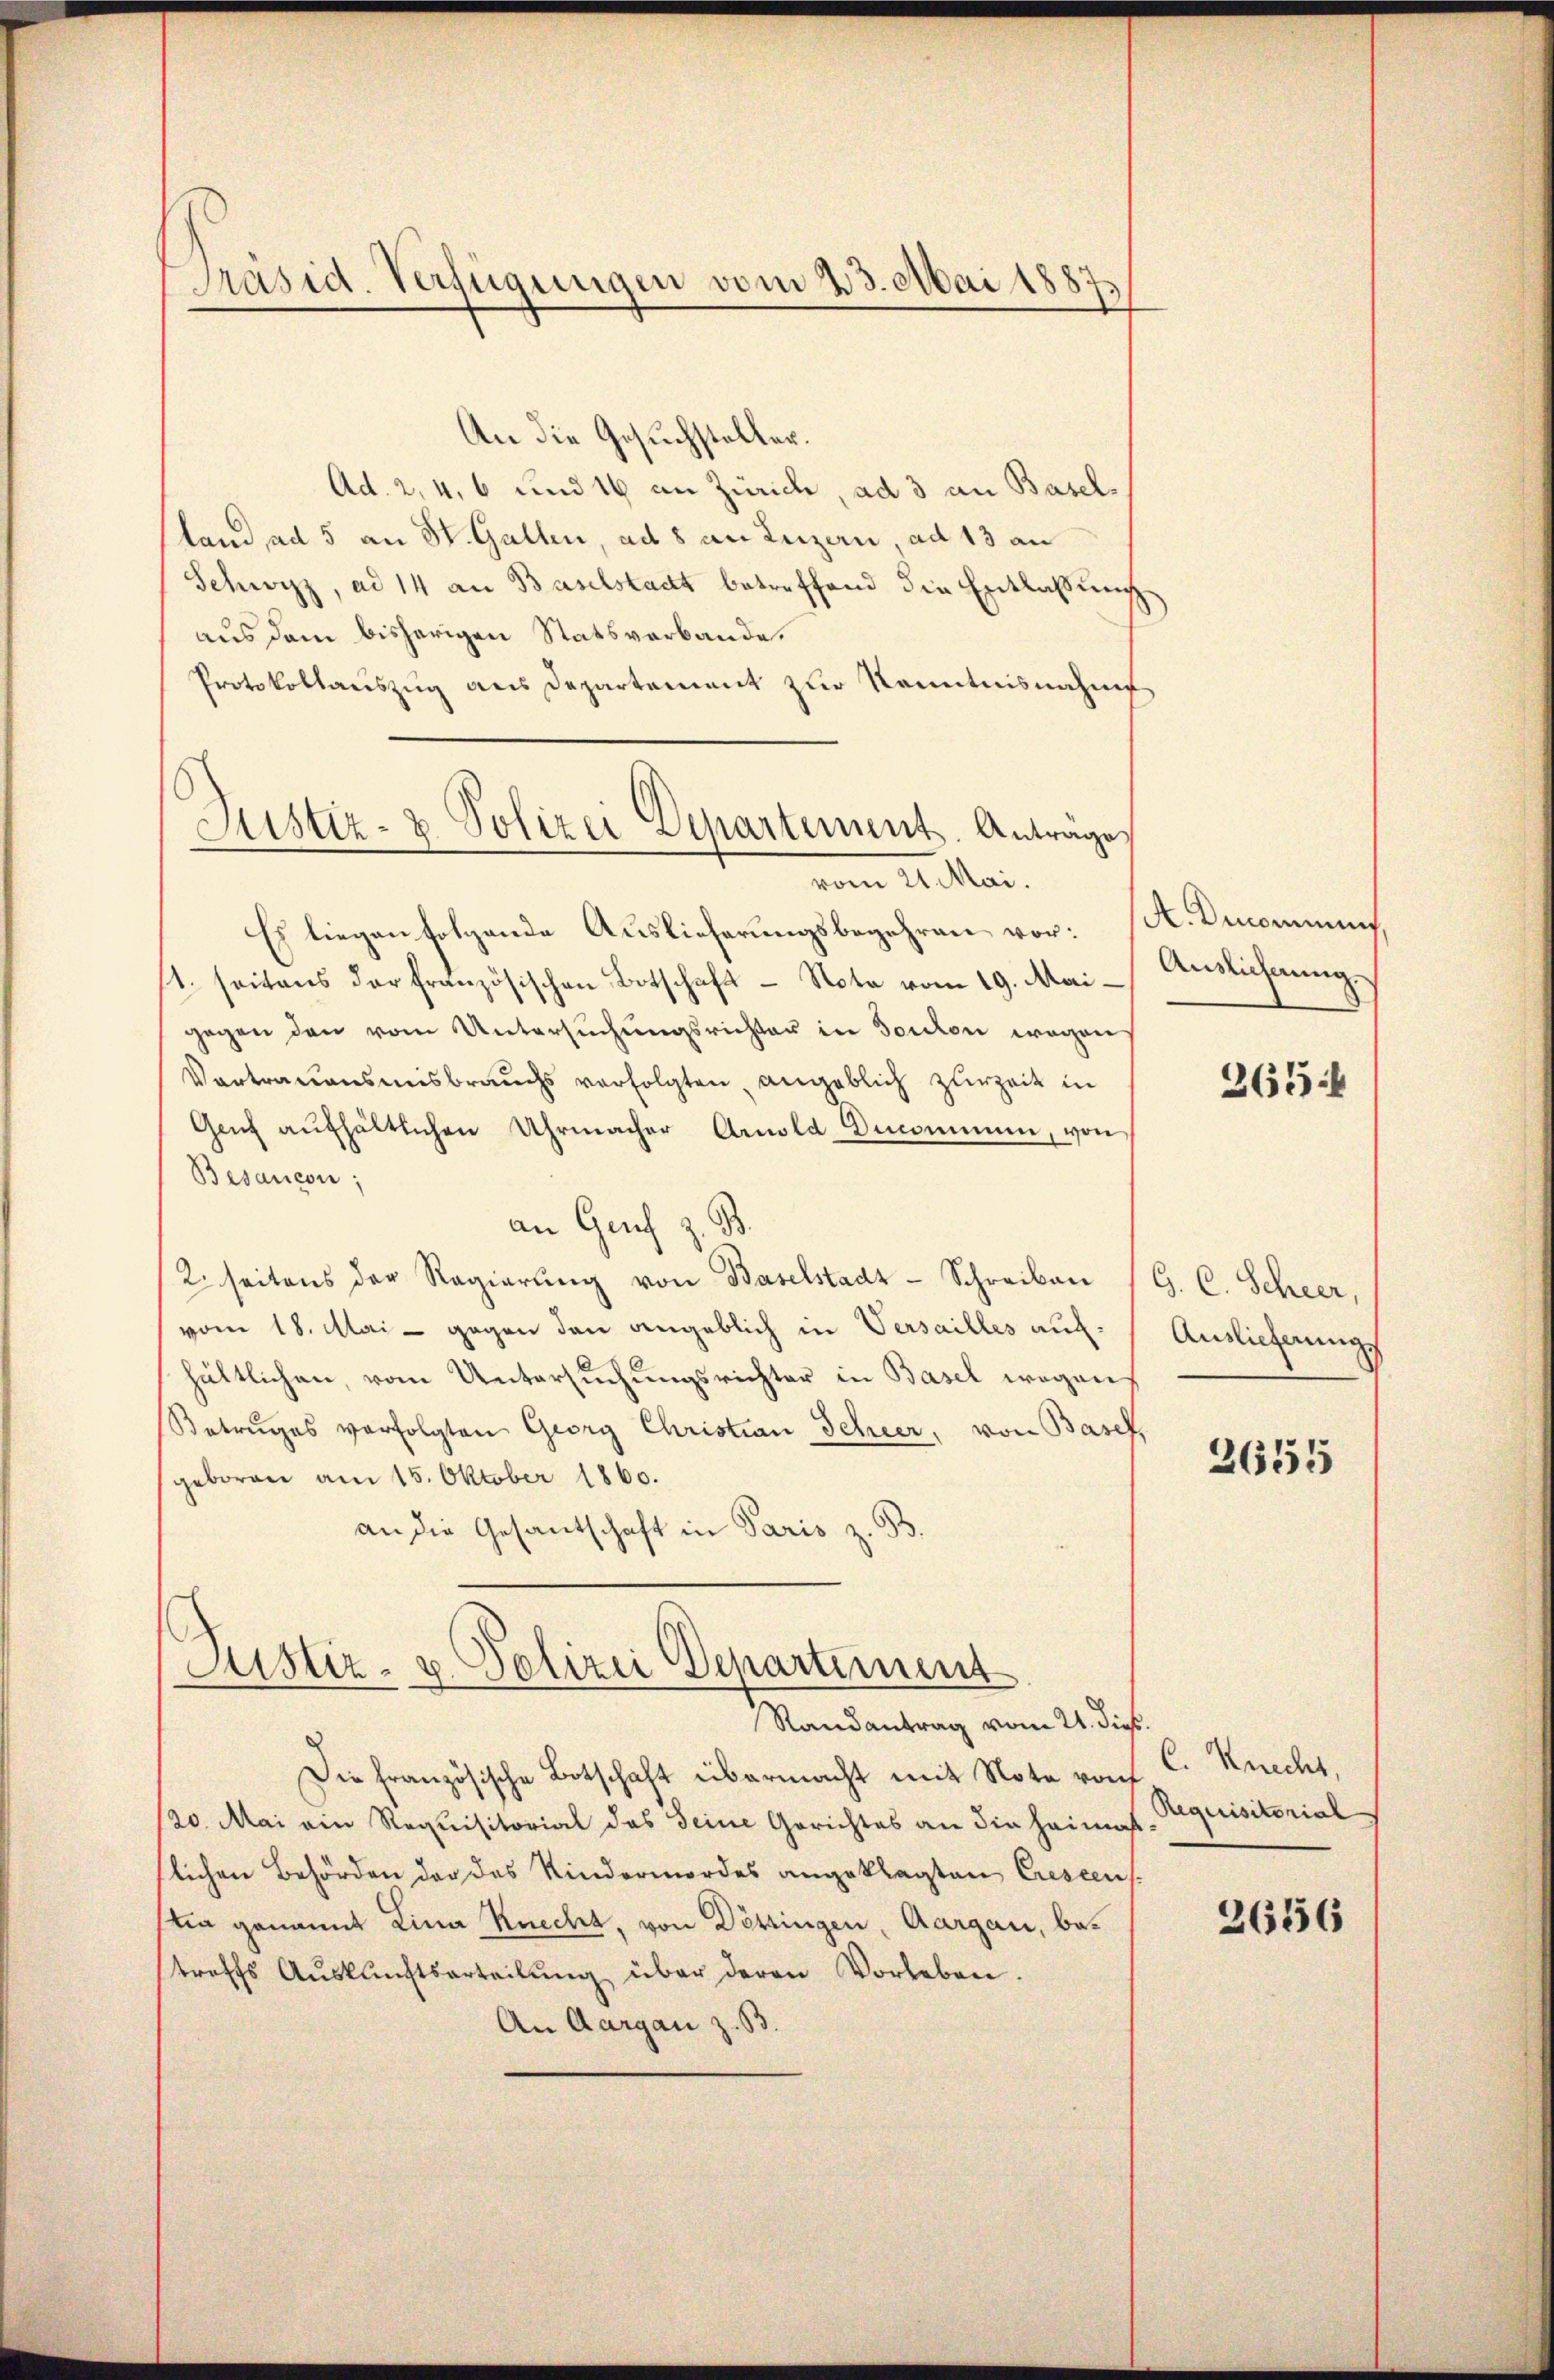
Präsid. Verfügungen vom 23. Mai 1887.

Justiz- & Polizei Departement. Anträge,
vom 21. Mai.

Justiz- u. Polizei Departiment
Randantrag vom 21. die.

An die Gesuchsteller.
Ad. 2, 4, 6 und 16 an Zürich, ad 3 an Baselland ad 5 an St. Gallen, ad 8 an Luzern, ad 13 an
Schwyz, ad 14 an Baselstadt betreffend die Entlaßung
aus dem bisherigen Statsverbande.
Protokollauszug aus Departement zur Kenntnisnahme
Es liegen folgende Auslieferungsbegehren vor:
s. seitens der französischen Botschaft - Note vom 19. Mai- Auslicherŭng.
gegen den vom Untersŭchŭngsrichter in Soulon wegen
Vortrauensmisbrauchs verfolgten angeblich zurzeit in
Gaŭf aŭfhältlichen Uhrmacher Arnold Decommen, von
Bisancon;
an Genf z. B.
2. seitens der Regierŭng von Baselstadt - Schreiben (G. C. Scheer,
vom 18. Mai - gegen den angeblich in Versailles auf: / Auslieferungs
hältlichen, vom Untersuchungsrichter in Basel wegen
Betruges verfolgten Georg Christian Scheer, von Basel
geboren am 15. Oktober 1860.
an die Gesandschaft in Paris z. B.

Die Französische Botschaft übermacht mit Note roh C. Knecht,
/20. Mai ein Requisitorial das seine Gerichtes an die Heima
slichen Behörden der das Kindermordes angeklagten Crescens
stia genannt Lina Knecht, von Döttingen, Aargau, betreffs Aŭskŭnftserteilŭng über deren Vorleben.
An Aargau z. B.

A. Ducommung

365.

2655

Requisitorial
.

2656